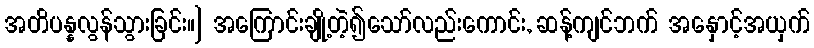
အတိပန္နလွန်သွားခြင်း။] အကြောင်းချို့တဲ့၍သော်လည်းကောင်း, ဆန့်ကျင်ဘက် အနှောင့်အယှက်